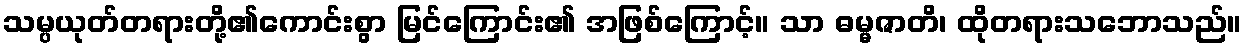
သမ္ပယုတ်တရားတို့၏ကောင်းစွာ မြင်ကြောင်း၏ အဖြစ်ကြောင့်။ သာ ဓမ္မဇာတိ၊ ထိုတရားသဘောသည်။